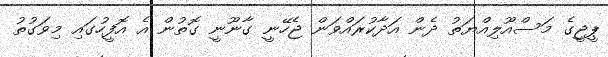
ޕީޖީގެ މަސްއޫލިއްޔަތު ދެން އަދާކުރައްވަން ޖެހޭނީ ގާނޫނީ ގޮތުން އެ އޮފީހުގައި މިވަގުތު